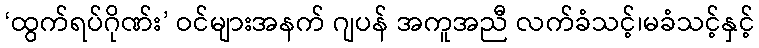
‘ထွက်ရပ်ဂိုဏ်း’ ဝင်များအနက် ဂျပန် အကူအညီ လက်ခံသင့်၊မခံသင့်နှင့်